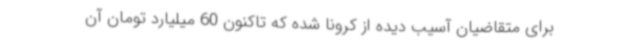
برای متقاضیان آسیب دیده از کرونا شده که تاکنون 60 میلیارد تومان آن